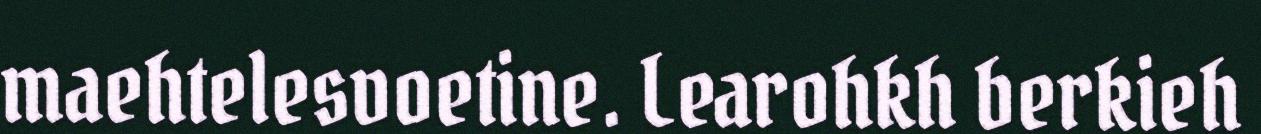
maehtelesvoetine. Learohkh berkieh